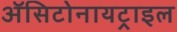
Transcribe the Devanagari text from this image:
ॲसिटोनायट्राइल